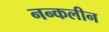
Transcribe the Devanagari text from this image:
नन्कलीन